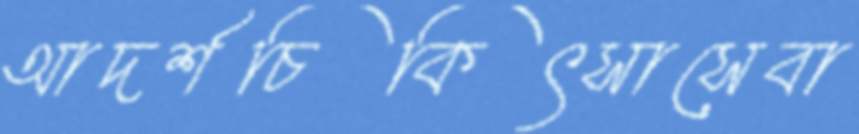
আদর্শচিকিৎসাসেবা